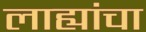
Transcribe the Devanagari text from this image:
लाह्यांचा